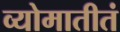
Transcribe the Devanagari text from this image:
व्योमातीतं